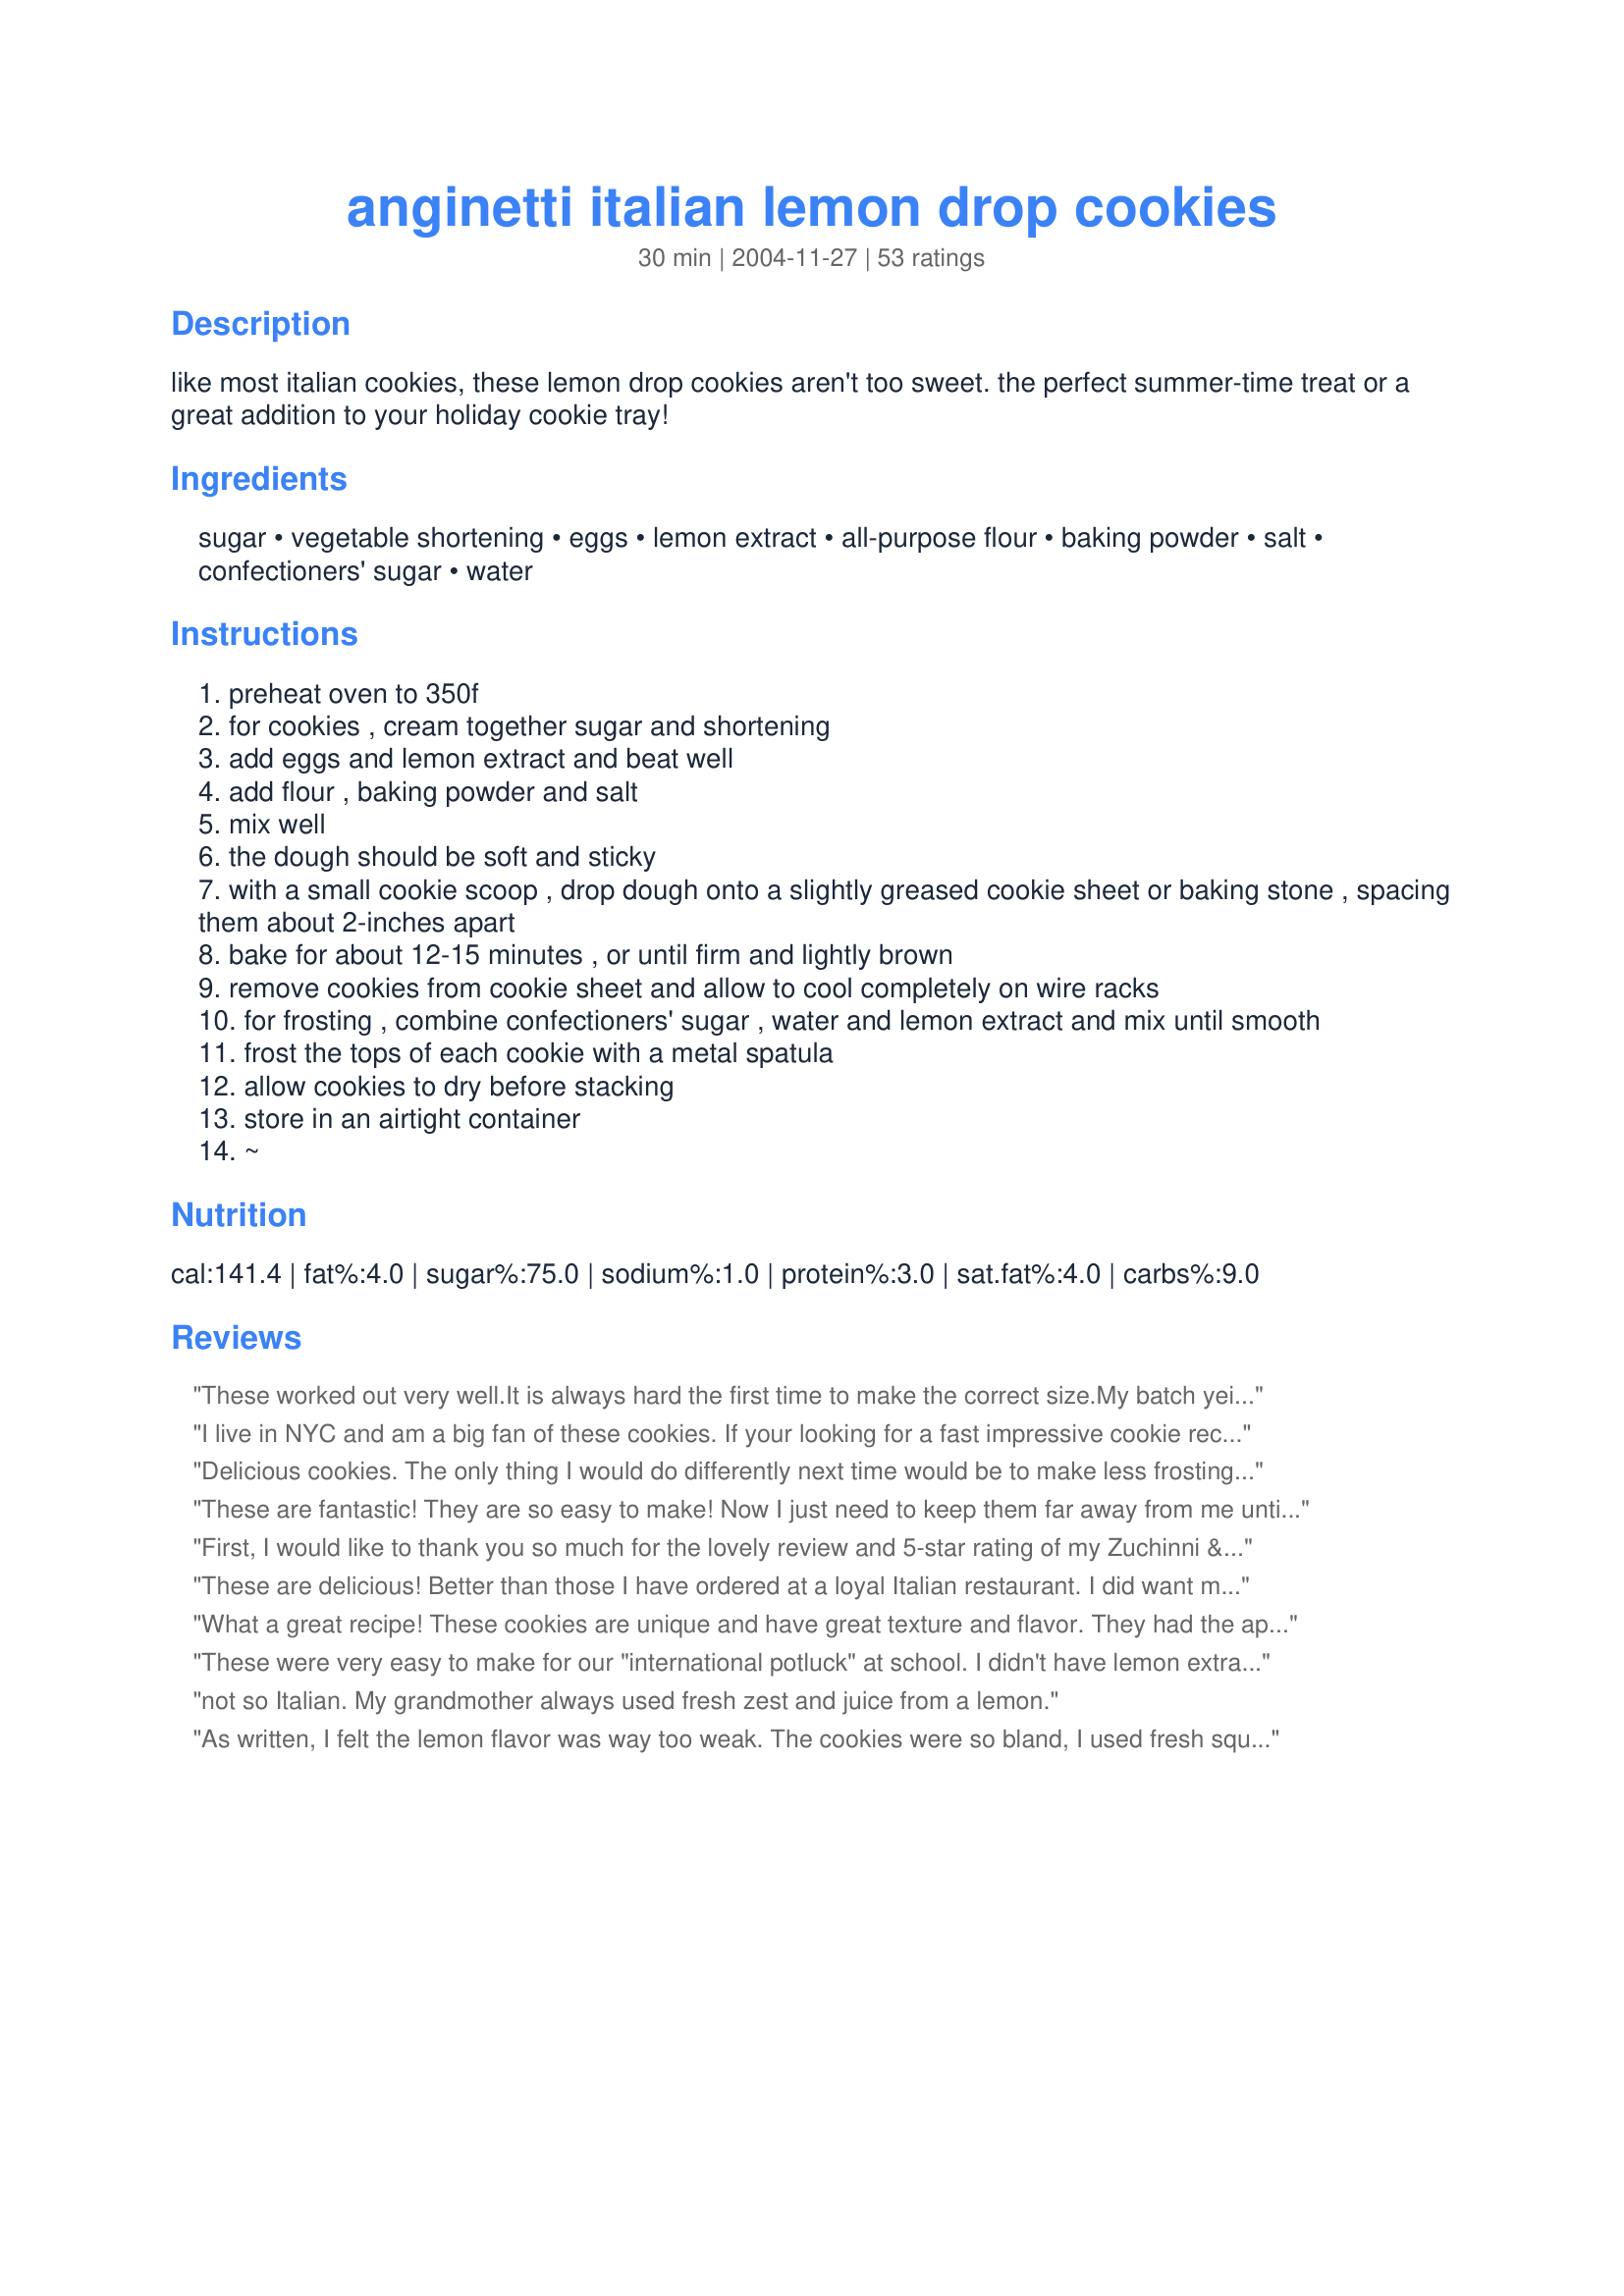
anginetti italian lemon drop cookies
Preparation time: 30 minutes

like most italian cookies, these lemon drop cookies aren't too sweet. the perfect summer-time treat or a great addition to your holiday cookie tray!

Ingredients:
sugar, vegetable shortening, eggs, lemon extract, all-purpose flour, baking powder, salt, confectioners' sugar, water

Steps:
preheat oven to 350f
for cookies , cream together sugar and shortening
add eggs and lemon extract and beat well
add flour , baking powder and salt
mix well
the dough should be soft and sticky
with a small cookie scoop , drop dough onto a slightly greased cookie sheet or baking stone , spacing them about 2-inches apart
bake for about 12-15 minutes , or until firm and lightly brown
remove cookies from cookie sheet and allow to cool completely on wire racks
for frosting , combine confectioners' sugar , water and lemon extract and mix until smooth
frost the tops of each cookie with a metal spatula
allow cookies to dry before stacking
store in an airtight container
~

Reviews:
These worked out very well.It is always hard the first time to make the correct size.My batch yeilded 42,so maybe a bit too small.They cooked up fast and as someone else suggested do one half of the icing.
This cookie is not too sweet,and will be made again,thanks...Don
I live in NYC and am a big fan of these cookies. If your looking for a fast impressive cookie recipe, this is it! Better than the bakeries. I halved the icing recipe but still used the same amount of lemon extract. People will think you bought these cookies in little Italy. Molto bene! Thanks!
Delicious cookies. The only thing I would do differently next time would be to make less frosting, as I had a lot left over. Thanks for posting the recipe!
These are fantastic! They are so easy to make! Now I just need to keep them far away from me until dinner.......ya right! Thanks for posting this recipe!
First, I would like to thank you so much for the lovely review and 5-star rating of my Zuchinni & Cheese Patties.

To show my appreciation, I have made your Anginette Italian Cookies. These little gems are wonderful! I have a friend who makes these for weddings, however, whenever I ask her for the recipe, she is either very vague or always forgets to bring in the recipe. I am so glad to have this recipe. I love the lemony taste and the fact that is not an overly sweet cookie. I love dunking them in tea. Bless your little heart for sharing this, Kim D!!!!
These are delicious! Better than those I have ordered at a loyal Italian restaurant. I did want more of just a glaze instead of a frosting so I just mixed 1 cup of powdered sugar with 1 tsp of lemon extract and just enough water to get the consistency you want (probably about 1.5 tablespoons). These cookies will rise a little in the oven, but they do not spread, so to get more of a cookie shape, I flattened my dough balls before baking.
What a great recipe! These cookies are unique and have great texture and flavor. They had the appearance of small drop biscuits, so next time I might try using a piping bag to form the cookies for a prettier result. These are so good and hit the spot with a cup of coffee after dinner. Thanks for posting this wonderful recipe!
These were very easy to make for our "international potluck" at school. I didn't have lemon extract so I used lemon juice which gave it a very nice lemony flavor so I did not find the cookies bland at all. Thanks for a nice cookie recipe!
not so Italian. My grandmother always used fresh zest and juice from a lemon.
As written, I felt the lemon flavor was way too weak. The cookies were so bland, I used fresh squeezed lemon juice to make the icing and added the zest from one lemon to it as well. That helped a lot, but I wish I had added zest to the dough as well. Very pretty little cookies and popular at the party I took them to.
Bland, flavorless. Not bad, per se, so much as incredibly mediocre. We really wanted to like these, but couldn't even finish a whole cookie before deciding to throw the batch out.
Love!!! Followed the recipe exactly. I only got 19 cookies and found the frosting recipe makes a ton. I put the frosting on after I took them out of the oven. Loved them! Recipe is def a keeper
These cookies are very delicately-flavoured and scone-like. I piped them onto the tray and afterwards dusted them with icing sugar instead of frosting. They looked great and tasted wonderful!
Kim, Thank you!!!
Every Christmas Eve my Dad and I take a trip back to NY (from NJ) to our favorite pastry shop where my Dad grew up to get these cookies for my Mom...they are her favotites...well...these are better than the pastry shops. I made a batch and it has taken all my will power not to sit down and eat all of them myself. They are so easy to make and I made no substituion...they are perfect! My mom's gonna love them. I love them!!
Very good cookies! I have never had this kind of cookie before, so I can't compare them to anything, but they are a nice, light cookie. Would be good with tea. I was picturing a very small cookie, and the recipe says this makes 24, so I was suprised when they got pretty big during cooking (though shouldn't have been shocked based on the ingredients)...I made one batch bigger and then the rest I made very small (nickel-size) dough balls and they came out how I had been expecting. I think I would have gotten more like 36-40 cookies with making all small cookies. I used butter, and added the zest of half a lemon to the cookie batter- I think they could use even a full-lemon's worth of zest to balance the lemon of the icing a little more. I took advise from other reviewers and added the juice of half a lemon to the icing. This makes a nice sweet-tart icing. A good recipe- thanks Kim D!!
Yummy! I used bottled lemon juice, so I doubled the lemon amounts. Turned out well! <br/><br/>I love lemon desserts, and this did not disappoint!<br/><br/>I got about 40 cookies out of my batch.
What a great recipe! They came out perfect...exactly the way I remembered from growing up in an Italian household! YUM YUM YUMMM!!
Next Christmas must try
I loved these and I'm not normally much of a cookie person. But I'm a sucker for anything lemon and these have a lovely sweetness to them -- not too sweet so you can eat lots of them! These have a great moistness/texture and the simple frosting on top is a perfect touch. Really enjoyed these -- especially since Coffeemom made them and they were intended for Bekah and I intercepted and ate them. LOL
These little gems turned out perfect....light and yummy....made for a couples bridal shower and they were a hit...I will be making these for my xmas platters this year for sure.
I just got a tray of these out of the oven and I must say, even unfrosted, the flavor and texture is very appealing! I had to modify the recipe a bit because I did not have as much lemon extract on hand as I thought I did. I used the juice of one lemon which in turn made the dough too sticky. I added 1/4C flour and the results were fantastic! I have to freeze these immediately or there goes my diet!!!! Thanks for the recipe!
I love these cookies! They're so easy to make, and they're delicious. I too am from NYC and they really do taste like the ones from Little Italy. It's also a fun activity for the kids. Try not to taste them (too much) before it's time to serve, you'll want to eat them all!
My son asked me to make lemon cookies today for his scout picnic, I didn't know what to expect but thought this would work. These are really a nice, refreshing little treat! I did modify a touch, I put some lemon zest (about 2/3 of a lemon) in the batter and then the rest, along with the juice of that lemon (didn't quite make a 1/4 cup so I added water to get full measurement) to the glaze. It's the perfect sweet and start to the cookie. These are going into the summer baking rotation for sure! I am already planning on making some for a girlfriends birthday I a few weeks as a hostess present!
I followed the recipe for these but added the zest of one lemon to the icing which really seemed to knock this up a notch. So tasty! I dipped the cookies into the icing bowl to frost. They pretty much retain the shape that you drop you them in so they could benefit from some shaping rather than just dropping from cookie scoop. But for me, these were the perfect blend of lemony tang and sweet. Quite simply, I loved them!
Awesome recipe, and very easy to make. They were a big hit with my Italian family for Christmas.
I loved these cookies - very easy to make and a nice lemony taste. They were better after being allowed to sit for a day or two - the frosting flavor sort of soaks into the cookie. I used butter since I don't usually use shortening, and I also added some grated lemon zest to the cookie batter. For the frosting just mixed lemon juice into the powdered sugar a spoonfull at a time.
I remember having these little cookies as a child. I was looking forward to making these but was afraid that I wouldn't find a recipe that reflected my memories. I tried this one and it was perfect. What a delightful cookie. My husband who really isn't a lemon fan even loves them! <br/>I made some changes to the recipe. Since I did not have vegetable shortening, I used butter instead and they came out just fine. :)<br/>I also love how these can be classified as a low fat cookie (in my opinion). They don't require much fat at all and you get 24 decent sized treats! <br/>These are much better than bakery Anginetti and so easy to make! Thanks for reading!
I made these delicious cookies they are to die for. I added little bit more of lemon extract and a tiny pinch of lemon peel.This is one of many my favorite lemon cookies.
These were wonderful...delicate flavor and lovely texture. My husband said this is his new favorite cookie!
These cookies were very good. Next time I might make with butter and add a little lemon zest to the batter. Thanks!!
OMG Thank you so much for posting this.. I tried the crisco recipe and they were good, but the cookie was more biscuit like.. This is EXACTLY as I used to buy in Boston bakeries everywhere.. Thanks to you I have a touch of back home at my holiday feast... 5 stars... now off to make more hehe
5+ stars! These were fabulous. I followed directions exactly, except that I doubled (2 tsp.) of lemon extract to the icing -- only because I wanted a stronger lemon flavor. Thank you so much Kim for this gem of a recipe!
Excellant cookie. Instead of Lemon extract. I used McNess Pure Lemon Oil. I used 2 teaspoons in the frosting
This is a very dry cookie with no flavor.
Recipe was perfect for the cookies, but the frosting surprised me. It did not match the photo and came out like cake frosting. If you&#039;re looking for more of a glaze like the photo, add confectioners sugar slowly until you get your desired consistency for a drizzled glaze.
fantastic lemony little cookie! these made an excellent addition to this year's cookie plate. didn't have a cookie scoop, but i found a round coffee scoop that worked just fine. i froze them for about a week, then took them out & frosted. they are soft, delicately sweet, and just the right amount of lemon essence. and they look festive & frosty on a holiday tray. just wonderful. thanks!
Quite possibly the best cookie I've ever had!! And I'm a bakers daughter!! I did add a bit more lemon flavor to mine. The raw dough was beautiful to look at and to work with. How is it I am Italian grew up on the east coast and have not heard of these cookies?! Now I'll have to bake more to make up for lost time! Thank you for this recipe it really is WONDERFUL!!!!
I absolutely love these cookies! I make several batches every Christmas. Instead of lemon extract, I use fresh lemon juice and zest for the dough and fresh lemon juice for the icing. They turn out perfect every single time.
I just loved these. I loved the smell of the lemon as I was putting the little scoops on the cookie sheets. I love the texture. So light and not overly sweet. I just dipped the tops into the bowl of frosting rather than use a spatula to spread it on. Worked beautifully. Thanks for sharing!
My family has been making these for years but we called them knot cookies as you roll the dough into ropes and then make knots. My dough was not sticky at all but I made them into balls as the recipe stated. I didn&#039;t realize till I tasted them that they were the same flavor/texture as knot cookies. I did not have vegetable shortening, and used margarine instead and maybe that is why the dough wasn&#039;t sticky (I don&#039;t know?). I used almond extract instead of the lemon. I also found that they did not spread much at all, which was nice. The frosting does not over power the cookie only adds to the flavor. Would make them again as they took less time than the knot cookies and taste the same.
delicious cookie! Grandmother made these. I added 1tsp lemon peel and 1 1/2 tsp. anisette liquer to batter, used butter, and substituted lemon juice for water in icing. Sprinkled with colored litte balls.
These cookies are sosososo addictive! I used butter and they are delicious! you won&#039;t be sorry making them.The only complaints you will get is that you didn&#039;t make enough!
OMG! I grew up in NJ and remember going to my grandparents house in the Bronx. They always had these when when came to visit. They taste just like I remember. Thanks for sharing this!
I. Love. These.
I love the way these look,and they were so simple to make, but the taste wasn&#039;t what I was hoping for. I was looking for more pronounced lemon flavor. I&#039;m glad I tried them, but will keep looking for the right lemon cookie for us. Thanks for sharing the recipe.
Kim, these are fabulous!!!!!!!! The only thing I will change the next time is I will use 1/2 cup of lemon juice instead of the 1/2 cup water in the frosting. Great recipe that I will definitely make again!!!!!! Thanks, oodles!!!!!!!!!!!!
This has to be the best recipe for Italian lemon (wedding) cookies I've ever enjoyed making and eating. I doubled the recipe and increased the lemon flavor by adding 2 extra tsp. The dough was easy to handle, I formed them into &quot;knots&quot; because that is our family tradtion. The fact they are non-dairy was a plus. Thanks for sharing this.
Very easy to make. But very doughy and little flavor (and I added an extra 1/2 tsp of extract). In the end they are an ok cookie...sadly not leaving me wanting another.
I made these to give out for Christmas gifts. So easy to make. The photo of the cookies are so pretty and round. Mine did not look so perfect, but tasted delicious. Rather than frost with a metal spatula, I dipped each cookie top in the frosting. Worked great and much faster.
Very pretty and quite tasty. Even my husband enjoyed these, and he is less fond of lemon flavored desserts. I also felt there is far too much icing, half would be plenty.
These were amazing. Probably my favourite cookies growing up in an Italian neighbourhood, they sure do bring back memories. These were a hit at xmas time, and I got asked to make them again and again!
These are wonderful. I can't stop eating them! I am finding reasons to walk by the counter so I can grab another one.
I found the recipe lacking in lemon taste. The next time I bake these, I'll try replacing the lemon extract by lemon juice.
